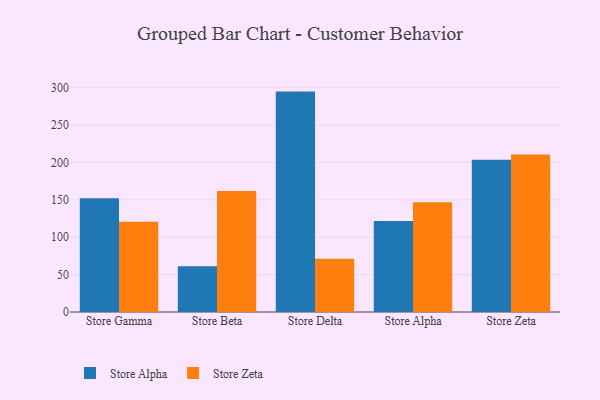
{"axis": {"x": "Store", "y": "Market Share (%)"}, "legend": ["Store Alpha", "Store Zeta"], "data": [{"x": "Store Gamma", "y": 152.3, "type": "Store Alpha"}, {"x": "Store Gamma", "y": 120.8, "type": "Store Zeta"}, {"x": "Store Beta", "y": 61.2, "type": "Store Alpha"}, {"x": "Store Beta", "y": 162.0, "type": "Store Zeta"}, {"x": "Store Delta", "y": 294.9, "type": "Store Alpha"}, {"x": "Store Delta", "y": 71.3, "type": "Store Zeta"}, {"x": "Store Alpha", "y": 121.9, "type": "Store Alpha"}, {"x": "Store Alpha", "y": 147.0, "type": "Store Zeta"}, {"x": "Store Zeta", "y": 203.7, "type": "Store Alpha"}, {"x": "Store Zeta", "y": 210.9, "type": "Store Zeta"}]}